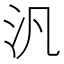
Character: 汎